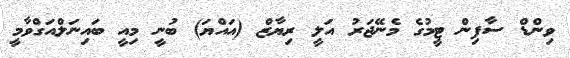
ވިންޑް ސާފިން ޓީމުގެ މެނޭޖަރު އަލީ ރިޔާޒް (އައްޔަ) ބުނީ މިއީ ބައިނަލްއަގްވާމީ